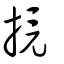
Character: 摬